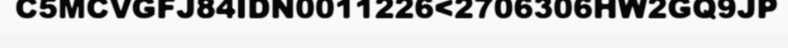
C5MCVGFJ84IDN0011226<2706306HW2GQ9JP